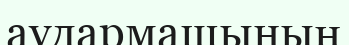
аудармашының